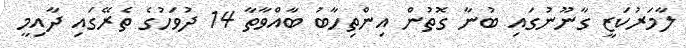
ލާމަރުކަޒީ ގާނޫނުގައި ބުނާ ގޮތުން އިންތިހާބު ބާއްވާތާ 14 ދުވަހުގެ ތެރޭގައި ދާއިމީ